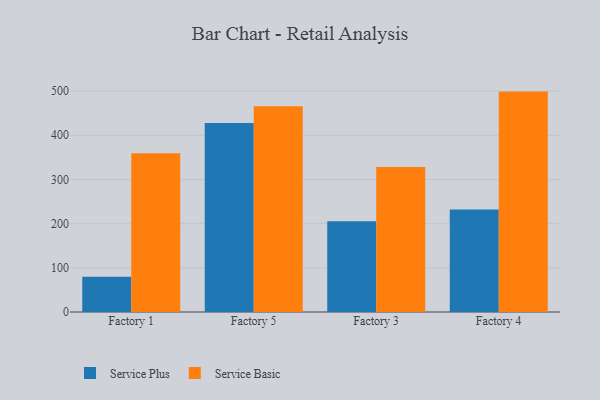
{"axis": {"x": "Factory", "y": "Churn Rate (%)"}, "legend": ["Service Basic", "Service Plus"], "data": [{"x": "Factory 1", "y": 79.7, "type": "Service Plus"}, {"x": "Factory 1", "y": 359.4, "type": "Service Basic"}, {"x": "Factory 5", "y": 428.0, "type": "Service Plus"}, {"x": "Factory 5", "y": 465.9, "type": "Service Basic"}, {"x": "Factory 3", "y": 205.6, "type": "Service Plus"}, {"x": "Factory 3", "y": 328.1, "type": "Service Basic"}, {"x": "Factory 4", "y": 232.1, "type": "Service Plus"}, {"x": "Factory 4", "y": 498.9, "type": "Service Basic"}]}